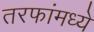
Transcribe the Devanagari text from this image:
तरफांमध्ये